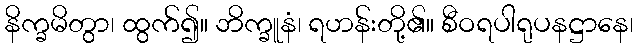
နိက္ခမိတွာ၊ ထွက်၍။ ဘိက္ခူနံ၊ ရဟန်းတို့၏။ စီဝရပါရုပနဋ္ဌာနေ၊